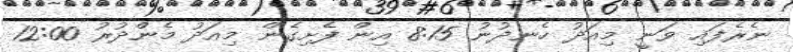
ނެރެފައި ވަނީ މިއަދު ހެނދުނު 8:15 އިން ފެށިގެން މިއަދު މެންދުރު 12:00